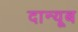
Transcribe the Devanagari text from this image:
दान्यूब